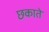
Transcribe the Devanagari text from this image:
छकाते